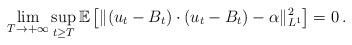
LaTeX: \begin{align*}\lim_{T\rightarrow+\infty}\sup_{t\geq T}\mathbb{E}\left[\|(u_t-B_t)\cdot(u_t-B_t)-\alpha\|_{L^1}^2\right]=0\, .\end{align*}